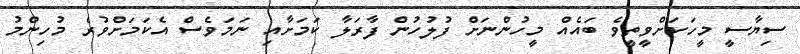
ސިޔާސީ މީހަކަށްވީތީވެ ބައެއް މީހުންނަށް ފުލުހުން ފާރަލާ ކަމަށާއި ނަމަވެސް އެކަމަށްވުރެ މުހިންމު